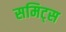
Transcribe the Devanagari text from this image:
समिट्स